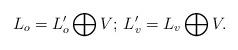
LaTeX: \begin{align*} L_o=L'_o\bigoplus V;\, L'_v=L_v\bigoplus V.\end{align*}